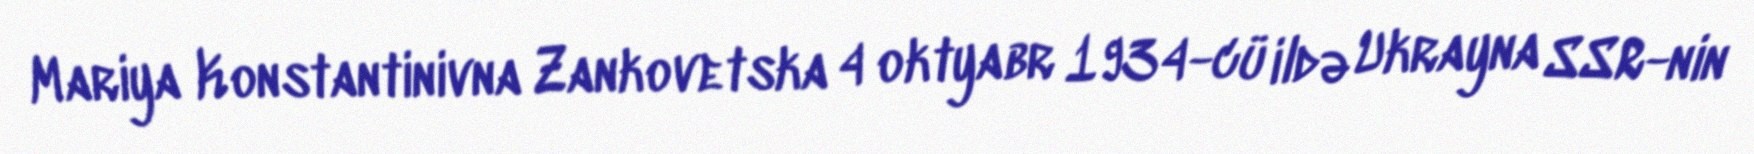
Mariya Konstantinivna Zankovetska 4 oktyabr 1934-cü ildə Ukrayna SSR-nin